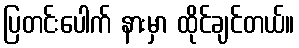
ပြတင်းပေါက် နားမှာ ထိုင်ချင်တယ်။